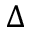
\Delta